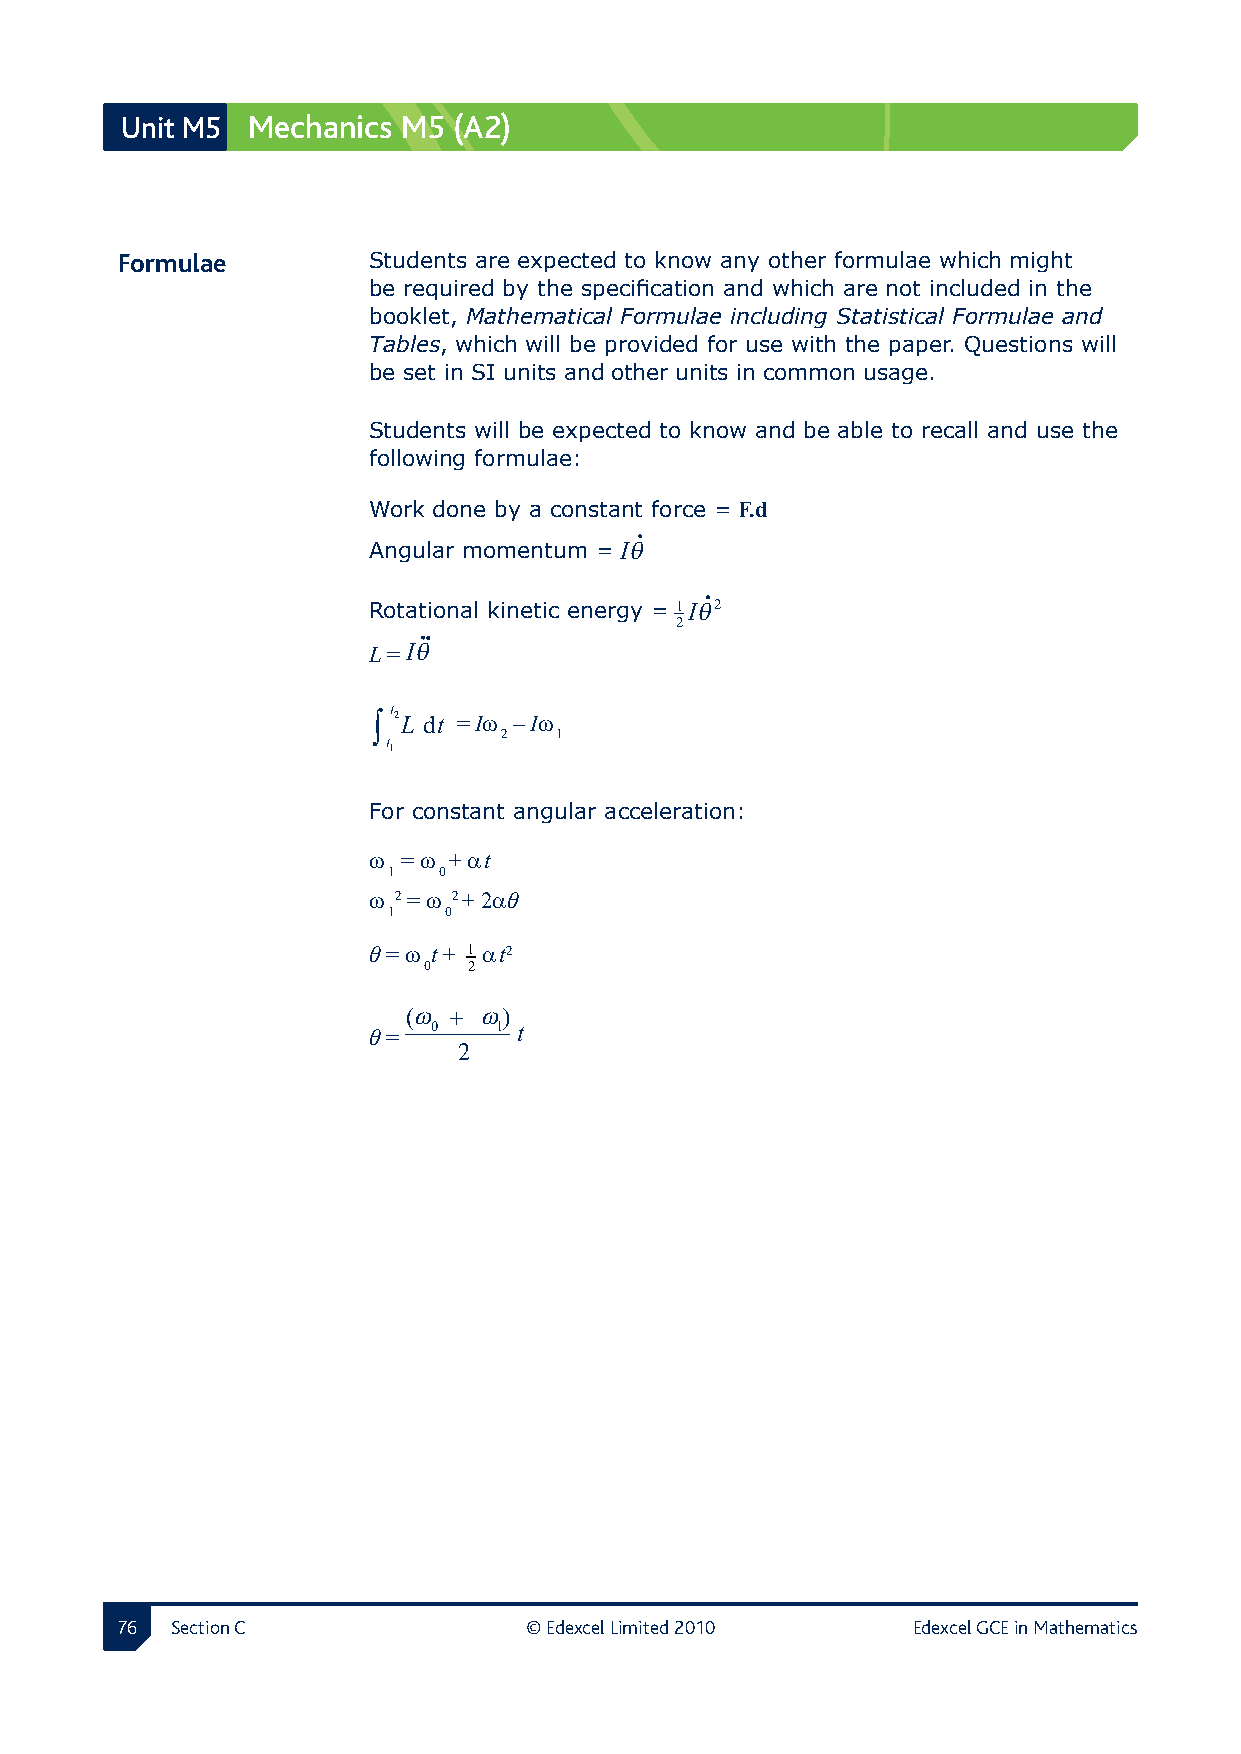
Unit M5 Mechanics  M5 (A2)
 Formulae       Students are expected to know any other formulae which might
 be required by the specification and which are not included in the
 booklet, Mathematical Formulae including Statistical Formulae and
 Tables, which will be provided for use with the paper. Questions will
 be set in SI units and other units in common usage.
 Students will be expected to know and be able to recall and use the
 following formulae:
 Work done by a constant force = F.d
 Angular momentum = Iθ
 Rotational kinetic energy = 1Iθ2
 2
 L = Iθ
 t
 ∫ 2L dt = Iω – Iω
 2   1
 t
 1
 For constant angular acceleration:
 ω  = ω + αt
 1  0
 ω 2 = ω 2+ 2αθ
 1  0
 θ = ω t + 1 αt2
 0  2
 (ω + ω)
 θ =  0   1 t
 2
  Section C               © Edexcel Limited 2010   Edexcel GCE in Mathematics